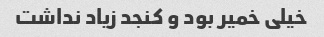
خیلی خمیر بود و کنجد زیاد نداشت